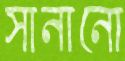
সানানো